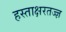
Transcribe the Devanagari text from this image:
हस्ताक्षरतज्ज्ञ